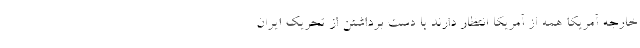
خارجه آمریکا همه از آمریکا انتظار دارند با دست برداشتن از تحریک ایران